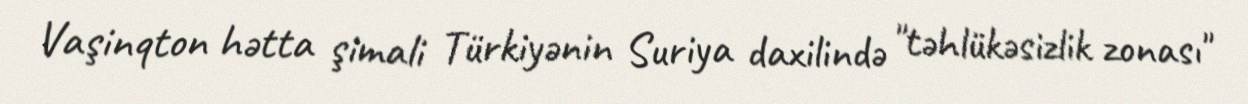
Vaşinqton hətta şimali Türkiyənin Suriya daxilində "təhlükəsizlik zonası"